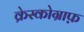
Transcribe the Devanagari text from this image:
क्रेस्कोग्राफ़